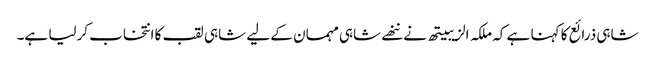
شاہی ذرائع کا کہنا ہے کہ ملکہ الزیبیتھ نے ننھے شاہی مہمان کے لیے شاہی لقب کا انتخاب کرلیا ہے۔